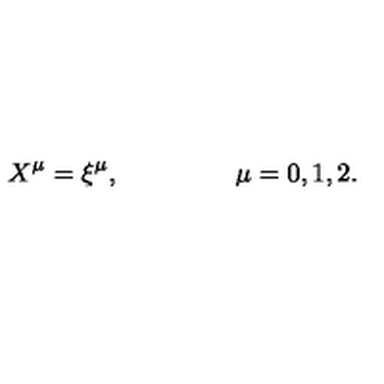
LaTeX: X ^ { \mu } = \xi ^ { \mu } , \qquad \qquad \ \mu = 0 , 1 , 2 .